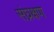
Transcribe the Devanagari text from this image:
संघ्रक्षण